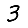
Digit: 3